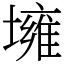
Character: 㙲